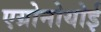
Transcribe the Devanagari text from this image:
एग्रोनोयोई